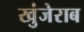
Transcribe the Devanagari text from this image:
खुंजेराब